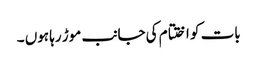
بات کو اختتام کی جانب موڑ رہا ہوں ۔